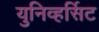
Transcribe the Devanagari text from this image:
युनिव्हर्सिट